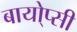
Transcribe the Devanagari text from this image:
बायो्प्सी